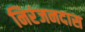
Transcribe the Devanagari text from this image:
निरंजनदास